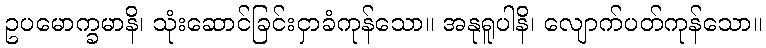
ဥပမောက္ခမာနိ၊ သုံးဆောင်ခြင်းငှာခံကုန်သော။ အနုရူပါနိ၊ လျောက်ပတ်ကုန်သော။